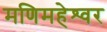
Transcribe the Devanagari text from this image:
मणिमहेश्‍वर